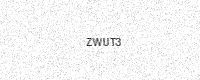
Text: ZWUT3